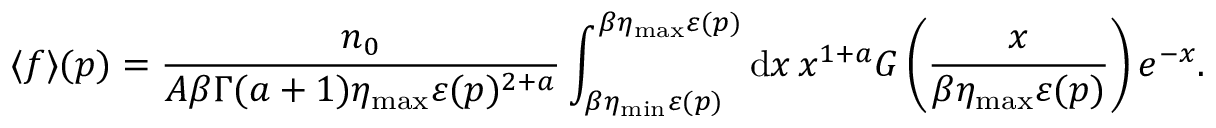
\langle f \rangle ( \boldsymbol { p } ) = \frac { n _ { 0 } } { A \beta \Gamma ( a + 1 ) \eta _ { \mathrm { m a x } } \varepsilon ( \v { p } ) ^ { 2 + a } } \int _ { \beta \eta _ { \mathrm { m i n } } \varepsilon ( \v { p } ) } ^ { \beta \eta _ { \mathrm { m a x } } \varepsilon ( \v { p } ) } \mathrm { d } x \, x ^ { 1 + a } G \left( \frac { x } { \beta \eta _ { \mathrm { m a x } } \varepsilon ( \v { p } ) } \right) e ^ { - x } .